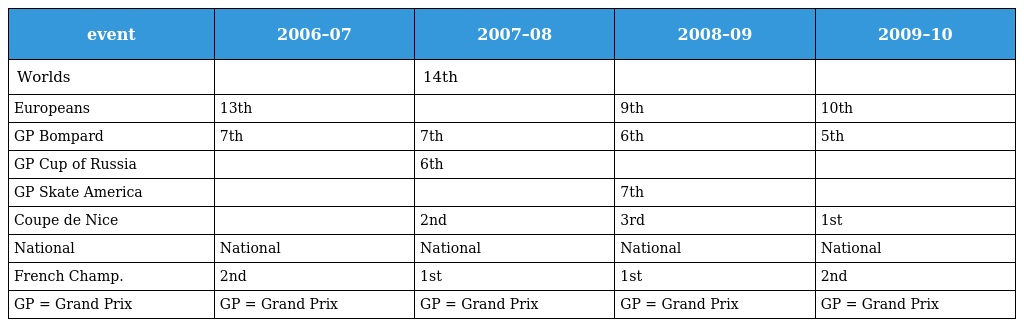
| event | 2006–07 | 2007–08 | 2008–09 | 2009–10 |
 | --- | --- | --- | --- | --- |
 | Worlds |  | 14th |  |  |
 | Europeans | 13th |  | 9th | 10th |
 | GP Bompard | 7th | 7th | 6th | 5th |
 | GP Cup of Russia |  | 6th |  |  |
 | GP Skate America |  |  | 7th |  |
 | Coupe de Nice |  | 2nd | 3rd | 1st |
 | National | National | National | National | National |
 | French Champ. | 2nd | 1st | 1st | 2nd |
 | GP = Grand Prix | GP = Grand Prix | GP = Grand Prix | GP = Grand Prix | GP = Grand Prix |